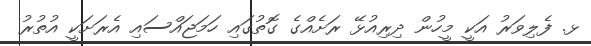
ޅ. ފެލިވަރު އަކީ މީހުން ދިރިއުޅޭ ރަށެއްގެ ގޮތުގައި ހަމަޖައްސައި އެރަށަކީ އުތުރު